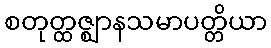
စတုတ္ထဇ္ဈာနသမာပတ္တိယာ